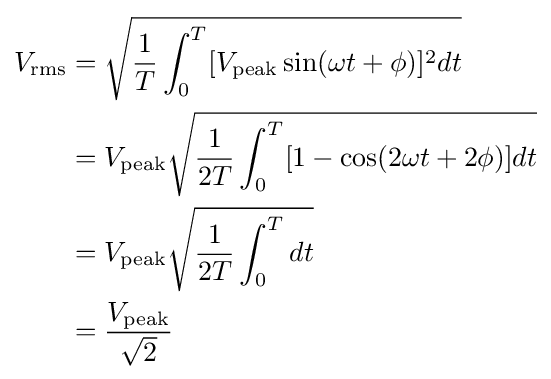
{\begin{aligned}V_{\text{rms}}&={\sqrt {{\frac {1}{T}}\int _{0}^{T}[{V_{\text{peak}}\sin(\omega t+\phi )]^{2}dt}}}\\&=V_{\text{peak}}{\sqrt {{\frac {1}{2T}}\int _{0}^{T}[{1-\cos(2\omega t+2\phi )]dt}}}\\&=V_{\text{peak}}{\sqrt {{\frac {1}{2T}}\int _{0}^{T}{dt}}}\\&={\frac {V_{\text{peak}}}{\sqrt {2}}}\end{aligned}}